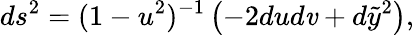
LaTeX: ds^{2}=(1-u^{2})^{-1}\left(-2dud\mathit{v}+d\tilde{{y}}^{2}\right),